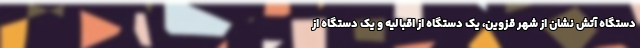
دستگاه آتش نشان از شهر قزوین، یک دستگاه از اقبالیه و یک دستگاه از